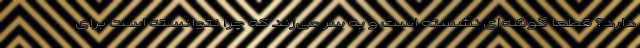
دارد؟ قطعا گوشه‌ای نشسته است و به سر می‌زند که چرا نتوانسته است برای